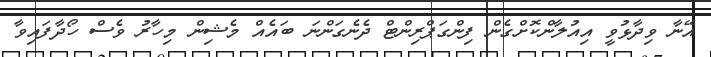
އޭނާ ވިދާޅުވީ އިއުލާންކޮށްގެން ފިންގަޕްރިންޓް ދެނެގަންނަ ބައެއް މެޝިން މިހާރު ވެސް ހޯދާފައިވާ